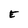
Character: E